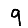
Digit: 9